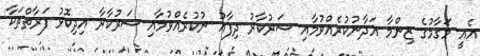
އެއީ މަގާމުގެ ޒިންމާ އަދާނުކުރެއްވުމާއި ސަރުކާރު ދިފާއު ނުކުރެއްވުމާއި ސަރުކާރާ އިދިކޮޅު ފަރާތްތަކާ